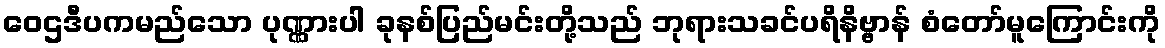
ဝေဌဒီပကမည်သော ပုဏ္ဏားပါ ခုနစ်ပြည်မင်းတို့သည် ဘုရားသခင်ပရိနိဗ္ဗာန် စံတော်မူကြောင်းကို